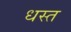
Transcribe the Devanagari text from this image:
धस्त